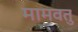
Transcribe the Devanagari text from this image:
मामवतु